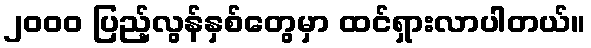
၂၀၀၀ ပြည့်လွန်နှစ်တွေမှာ ထင်ရှားလာပါတယ်။